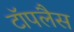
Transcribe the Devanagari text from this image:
टॉपलैस